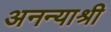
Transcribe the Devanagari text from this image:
अनन्याश्री